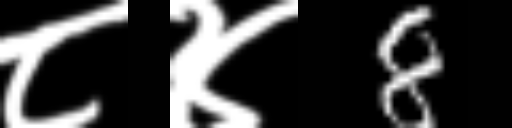
Text: ८४8